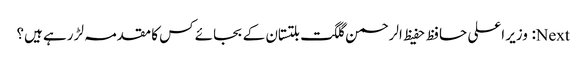
Next: وزیر اعلی حافظ حفیظ الرحمن گلگت بلتستان کے بجائے کس کا مقدمہ لڑ رہے ہیں؟